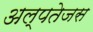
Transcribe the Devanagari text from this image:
अल्पतेजस